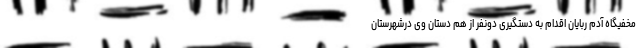
مخفیگاه آدم ربایان اقدام به دستگیری دونفر از هم دستان وی درشهرستان